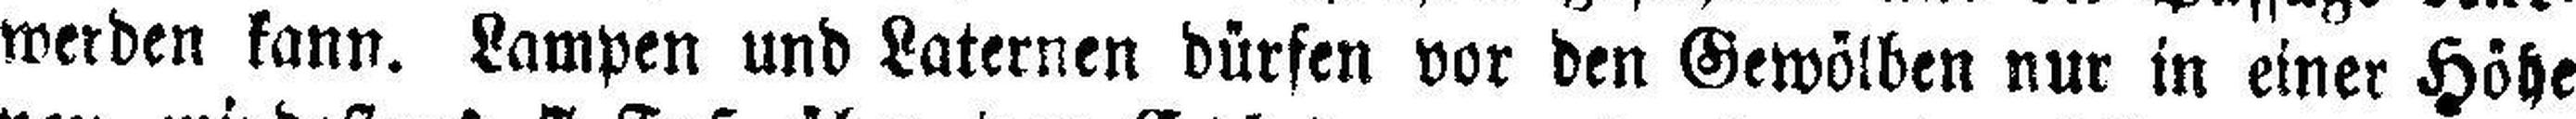
werden kann. Lampen und Laternen dürfen vor den Gewölben nur in einer Höhe